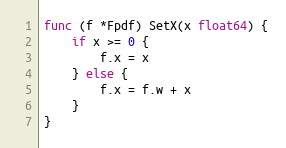
Language: Go
func (f *Fpdf) SetX(x float64) {
	if x >= 0 {
		f.x = x
	} else {
		f.x = f.w + x
	}
}